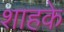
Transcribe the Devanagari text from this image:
शाहके